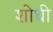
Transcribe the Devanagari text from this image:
शोधी